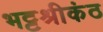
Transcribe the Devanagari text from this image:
भट्टश्रीकंठ